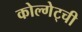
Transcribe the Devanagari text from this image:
कोल्गेट्ची